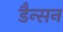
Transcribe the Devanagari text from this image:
डैन्सन